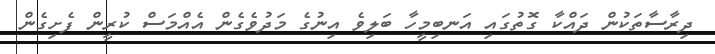
ދިރާސާތަކުން ދައްކާ ގޮތުގައި އަނބިމީހާ ބަލިވެ އިނުުގެ މަދުވެގެން އެއްމަސް ކުރީން ފެށިގެން